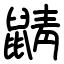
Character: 鼱